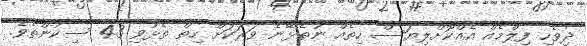
ދިވެހި ފިލްމެއް އެއްކޮށްލިޔަސް ހިތެއް ނުތެޅޭނެ ވަރަކަށް ހިތް ތެޅުވި 43 ސިކުންތެވެ.